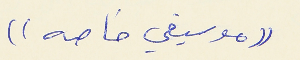
((موسيقي خاصه))